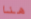
هنا